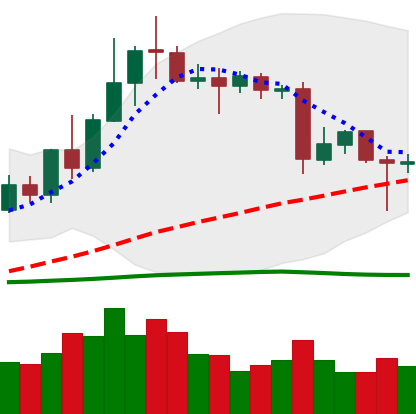
Ticker: XLM-USD
Chart end date: 2020-06-16
Forward return: -3.495%
Label: down_3_5